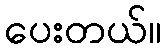
ပေးတယ်။